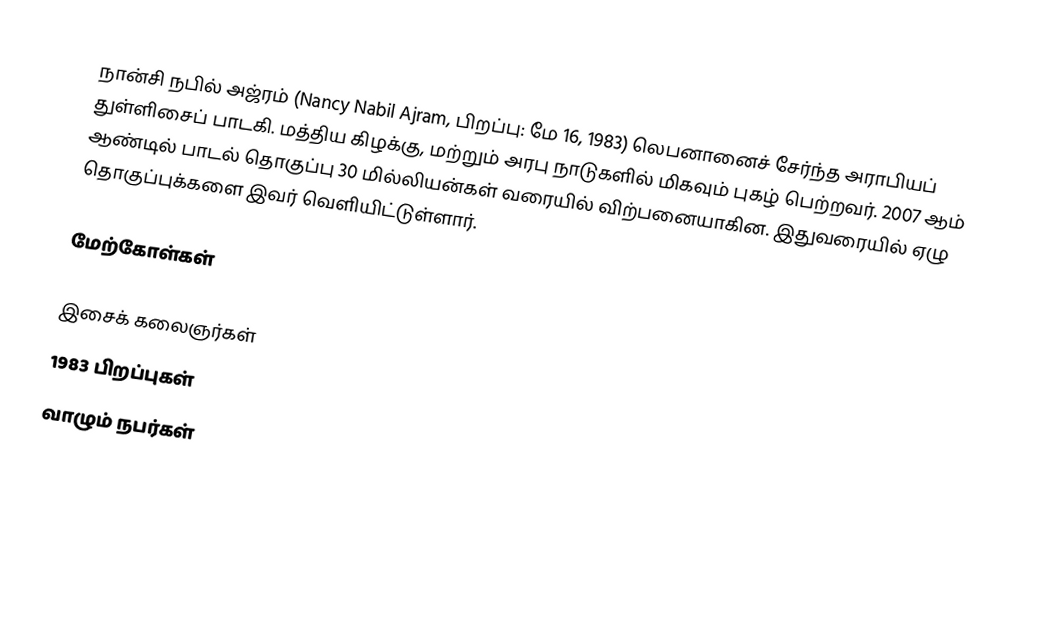
நான்சி நபில் அஜ்ரம் (Nancy Nabil Ajram, பிறப்பு: மே 16, 1983) லெபனானைச் சேர்ந்த அராபியப் துள்ளிசைப் பாடகி. மத்திய கிழக்கு, மற்றும் அரபு நாடுகளில் மிகவும் புகழ் பெற்றவர். 2007 ஆம் ஆண்டில் பாடல் தொகுப்பு 30 மில்லியன்கள் வரையில் விற்பனையாகின. இதுவரையில் ஏழு தொகுப்புக்களை இவர் வெளியிட்டுள்ளார்.

மேற்கோள்கள்

இசைக் கலைஞர்கள்
1983 பிறப்புகள்
வாழும் நபர்கள்